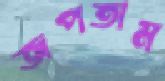
জপতাম